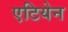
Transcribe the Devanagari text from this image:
एटियेन